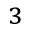
^ 3